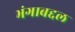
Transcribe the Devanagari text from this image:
भंगाबद्दल